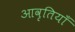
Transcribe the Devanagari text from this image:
आवृतियाँ